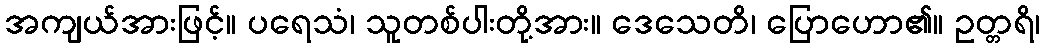
အကျယ်အားဖြင့်။ ပရေသံ၊ သူတစ်ပါးတို့အား။ ဒေသေတိ၊ ပြောဟော၏။ ဥတ္တရိ၊